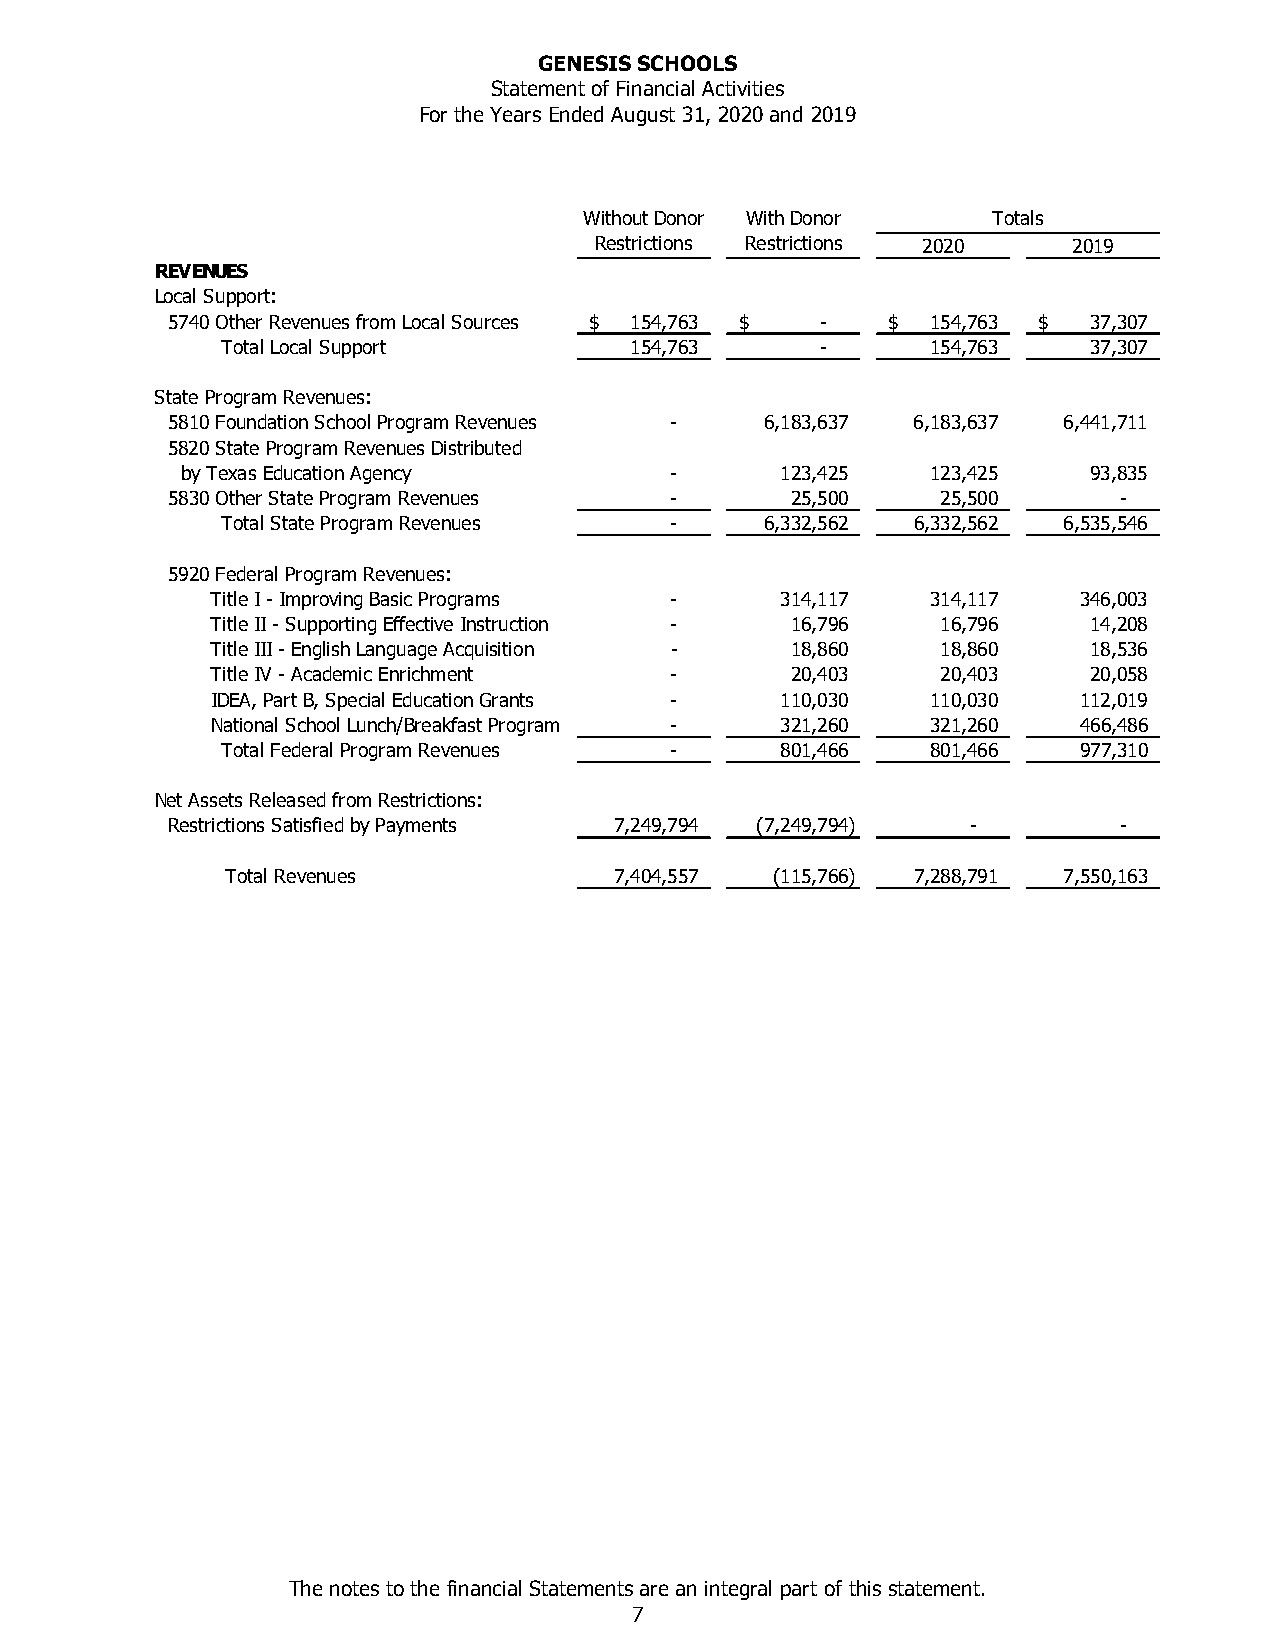
GENESIS SCHOOLS
 Statement of Financial Activities
 For the Years Ended August 31, 2020 and 2019
 Without Donor With Donor   Totals
 Restrictions Restrictions 2020  2019
 REVENUES
 Local Support:
 5740 Other Revenues from Local Sources $ 154,763 $ - $ 154,763 $ 37,307
 Total Local Support        1 54,763    -       154,763   37,307
 State Program Revenues:
 5810 Foundation School Program Revenues - 6,183,637 6,183,637 6,441,711
 5820 State Program Revenues Distributed
 by Texas Education Agency       -       123,425   123,425   93,835
 5830 Other State Program Revenues -      25,500    25,500      -
 Total State Program Revenues -      6,332,562 6,332,562 6,535,546
 5920 Federal Program Revenues:
 Title I - Improving Basic Programs -  314,117   314,117  346,003
 Title II - Supporting Effective Instruction - 16,796 16,796 14,208
 Title III - English Language Acquisition - 18,860 18,860  18,536
 Title IV - Academic Enrichment -      20,403    20,403    20,058
 IDEA, Part B, Special Education Grants - 110,030 110,030 112,019
 National School Lunch/Breakfast Program - 321,260 321,260 466,486
 Total Federal Program Revenues -     801,466   801,466  977,310
 Net Assets Released from Restrictions:
 Restrictions Satisfied by Payments 7,249,794 (7,249,794) -     -
 Total Revenues            7,404,557 (115,766) 7,288,791 7,550,163
 The notes to the financial Statements are an integral part of this statement.
 7